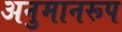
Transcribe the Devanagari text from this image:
अनुमानरूप